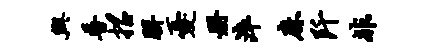
兴普招胼忧册淬麻阡非